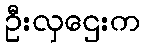
ဦးလှဌေးက